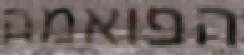
הפואמה